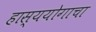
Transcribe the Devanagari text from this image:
हास्ययोगाचा